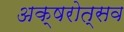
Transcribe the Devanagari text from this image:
अक्षरोत्सव